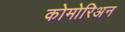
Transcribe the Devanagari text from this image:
कोमोरिअन